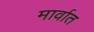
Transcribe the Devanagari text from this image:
मार्वात